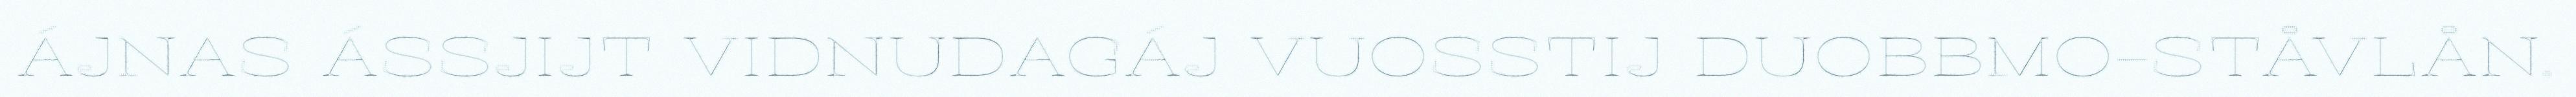
ÁJNAS ÁSSJIJT VIDNUDAGÁJ VUOSSTIJ DUOBBMO-STÅVLÅN.